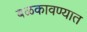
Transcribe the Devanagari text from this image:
बळकावण्यात